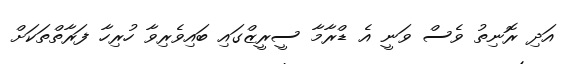
އަދި ރޮނިތު ވެސް ވަނީ އެ ޑްރާމާ ސީރީޒްގައި ބައިވެރިވާ ހުރިހާ ފަރާތްތަކަށް